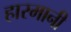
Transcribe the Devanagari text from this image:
हारमानी